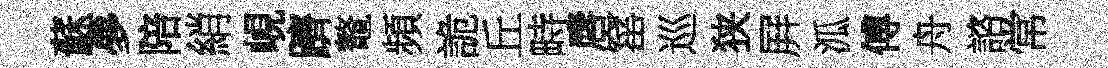
蘇夣陪綃峴躋鼇頻詭丘畤唇窰巡狭屛泒傅舟諮常